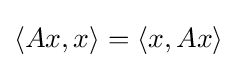
\langle Ax,x\rangle =\langle x,Ax\rangle